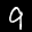
Label: 9